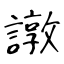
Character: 譈